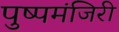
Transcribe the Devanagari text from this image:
पुष्पमंजिरी